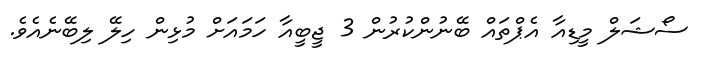
ސޯޝަލް މީޑިއާ އެޕްތައް ބޭނުންކުރުން 3 ޖީބީއާ ހަމައަށް މުޅިން ހިލޭ ލިބޭނެއެވެ.